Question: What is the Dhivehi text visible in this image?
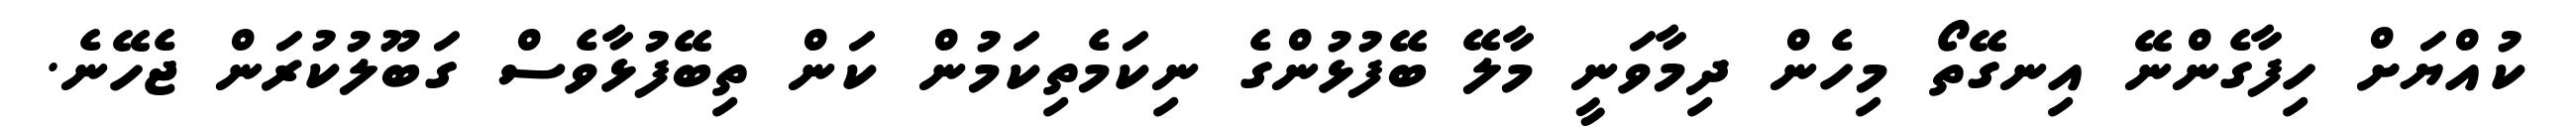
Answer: ކުއްޔަށް ހިފާގެންނޭ އިނގޭތޯ މިހެން ދިމާވަނީ މާލޭ ބޭފުޅުންގެ ނިކަމެތިކަމުން ކަން ތިބޭފުޅާވެސް ގަބޫލުކުރަން ޖެހޭނެ.